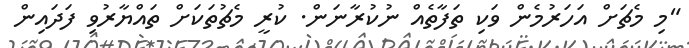
"މި މެޗަށް އަހަރުމެން ވަކި ތަފާތެއް ނުކުރާނަން. ކުރީ މެޗުތަކަށް ތައްޔާރުވި ފަދައިން